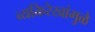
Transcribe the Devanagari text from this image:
व्यक्तिरेखांमुळे